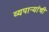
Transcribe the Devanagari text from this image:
व्यपाऱ्यांची